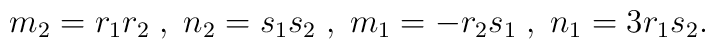
m_2 = r_1 r_2 \;,\;n_2 = s_1 s_2\;,\;m_1 = - r_2 s_1\;,\;n_1 = 3 r_1 s_2.